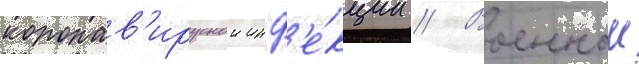
коронав'ируснои инф'е́кции // Военныи